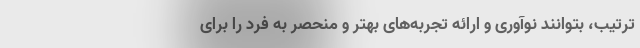
ترتیب، بتوانند نوآوری و ارائه تجربه‌های بهتر و منحصر به فرد را برای